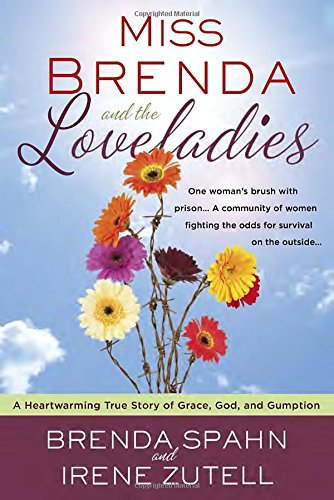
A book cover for Miss Brenda and the Loveladies: A Heartwarming True Story of Grace, God, and Gumption; Brenda Spahn; Christian Books & Bibles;